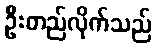
ဦးတည်လိုက်သည်